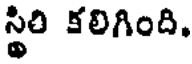
స్థిరి కలిగింది.